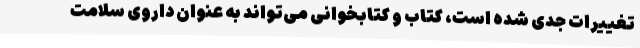
تغییرات جدی شده است، کتاب و کتابخوانی می‌تواند به عنوان داروی سلامت